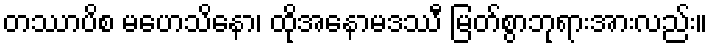
တဿာပိစ မဟေသိနော၊ ထိုအနောမဒဿီ မြတ်စွာဘုရားအားလည်း။